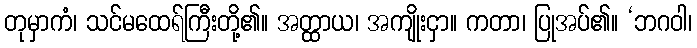
တုမှာကံ၊ သင်မထေရ်ကြီးတို့၏။ အတ္ထာယ၊ အကျိုးငှာ။ ကတာ၊ ပြုအပ်၏။ ‘ဘဂဝါ၊